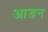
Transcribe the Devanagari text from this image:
आङन